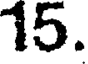
15.